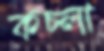
কচ্‌লা